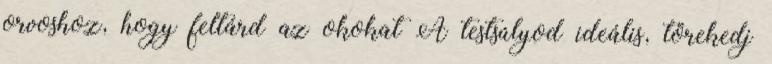
orvoshoz, hogy feltárd az okokat A testsúlyod ideális, törekedj